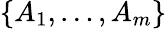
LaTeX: \{ A_{1},\dots,A_{m}\}